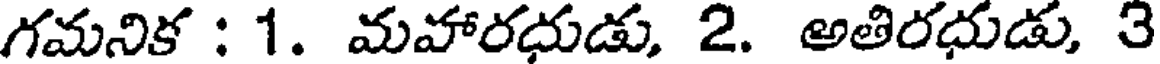
గమనిక : 1. మహారధుడు, 2. అతిరధుడు, 3